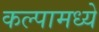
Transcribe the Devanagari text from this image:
कल्पामध्ये